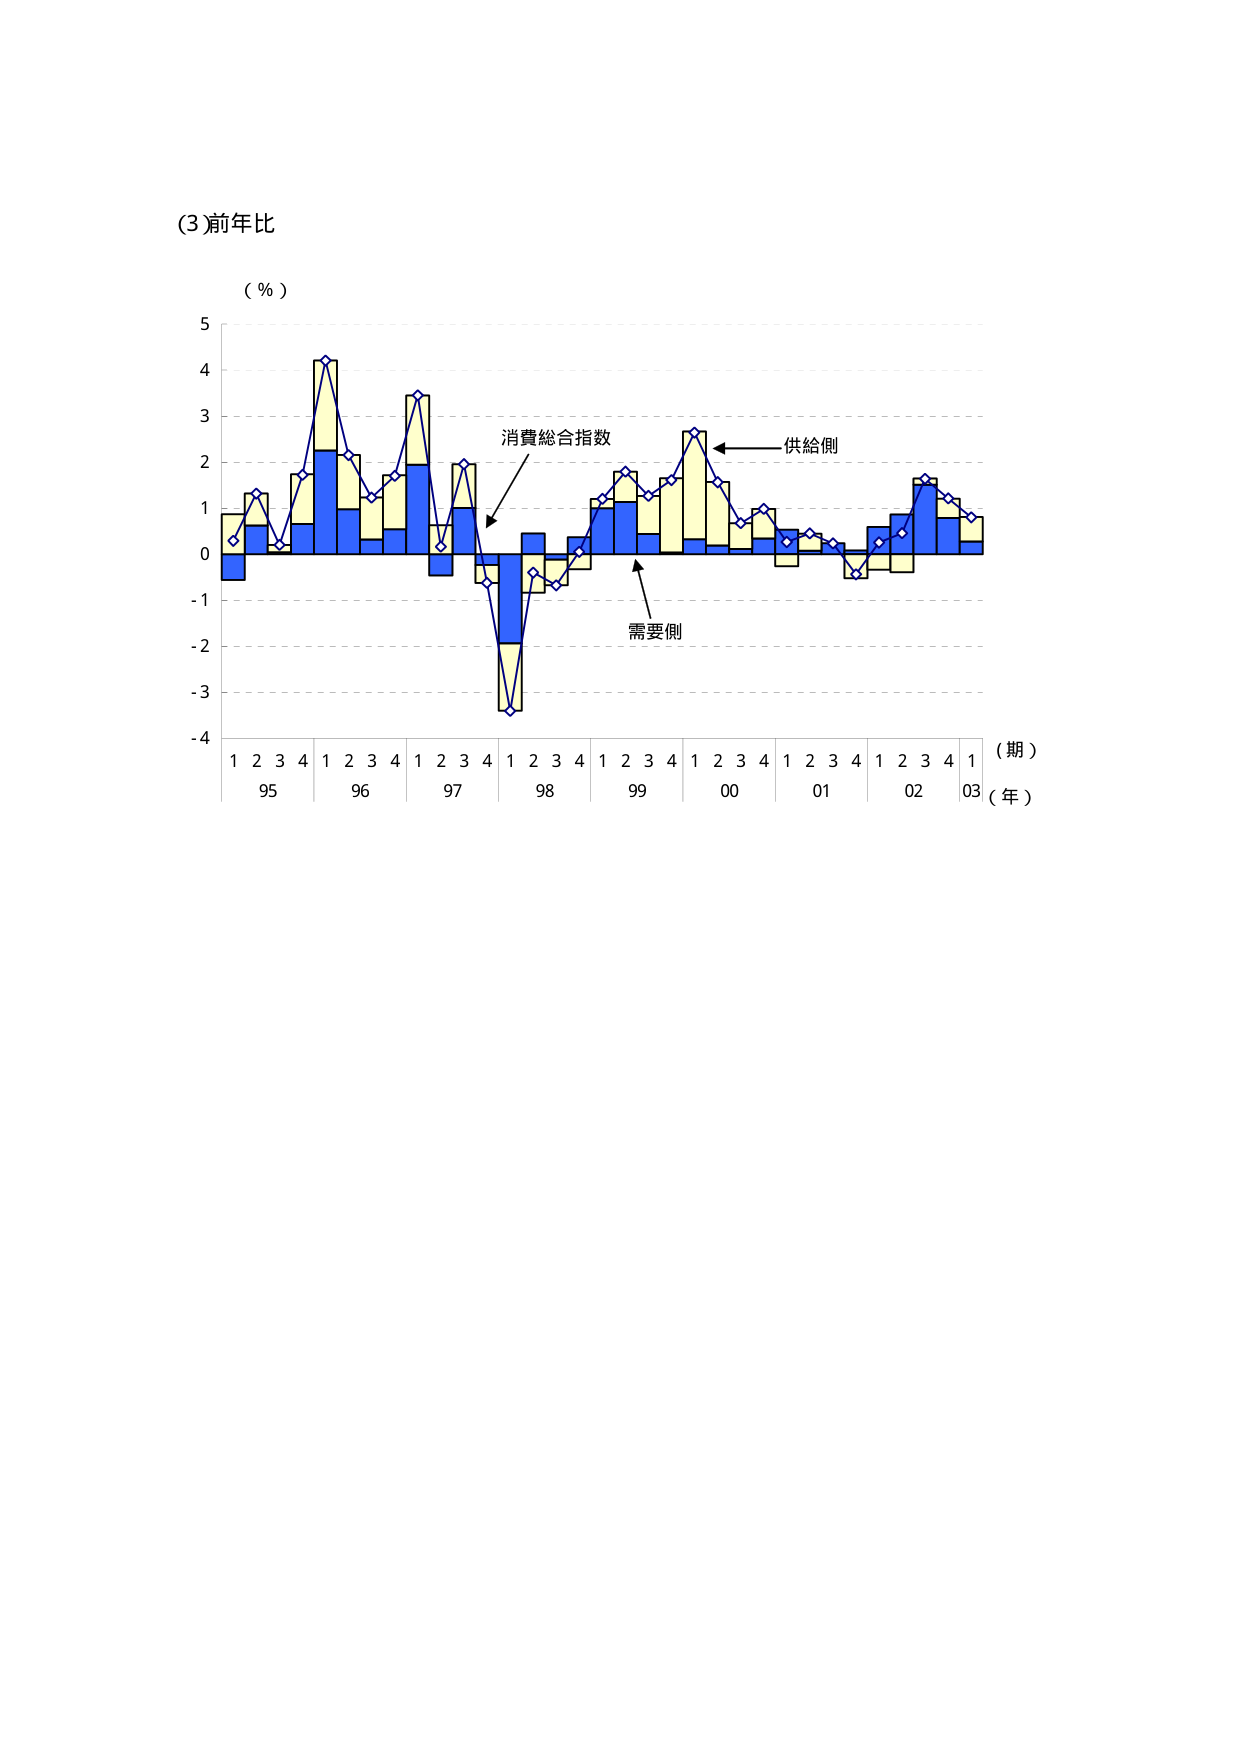
(3) 前年比

（％）

5
4
3
2
1
0
-1
-2
-3
-4

消費総合指数
供給側
需要側

1 2 3 4 1 2 3 4 1 2 3 4 1 2 3 4 1 2 3 4 1 2 3 4 1 2 3 4 1
95 96 97 98 99 00 01 02 03
（期）
（年）